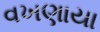
વખણાયા